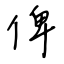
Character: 俾